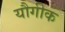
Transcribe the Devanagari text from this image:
यौगीक